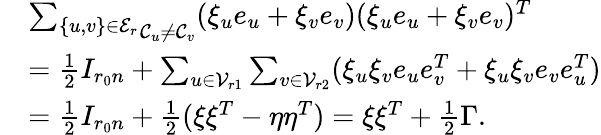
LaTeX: \begin{array}{rl}&{\underset{\mathcal{C}_{u}\not=\mathcal{C}_{v}}{\sum_{\{ u,v\} \in\mathcal{E}_{r}}}(\xi_{u}e_{u}+\xi_{v}e_{v})(\xi_{u}e_{u}+\xi_{v}e_{v})^{T}}\\ &{=\frac 12I_{r_{0}n}+\sum_{u\in\mathcal{V}_{r1}}\sum_{v\in\mathcal{V}_{r2}}(\xi_{u}\xi_{v}e_{u}e_{v}^{T}+\xi_{u}\xi_{v}e_{v}e_{u}^{T})}\\ &{=\frac 12I_{r_{0}n}+\frac 12(\xi\xi^{T}-\eta\eta^{T})=\xi\xi^{T}+\frac 12\Gamma.}\end{array}